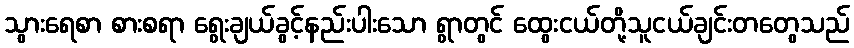
သွားရေစာ စားစရာ ရွေးချယ်ခွင့်နည်းပါးသော ရွာတွင် ထွေးငယ်တို့သူငယ်ချင်းတတွေသည်